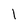
Character: 1